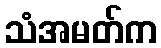
သံအမတ်က